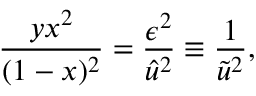
\frac { y x ^ { 2 } } { ( 1 - x ) ^ { 2 } } = \frac { \epsilon ^ { 2 } } { \hat { u } ^ { 2 } } \equiv \frac { 1 } { \tilde { u } ^ { 2 } } ,